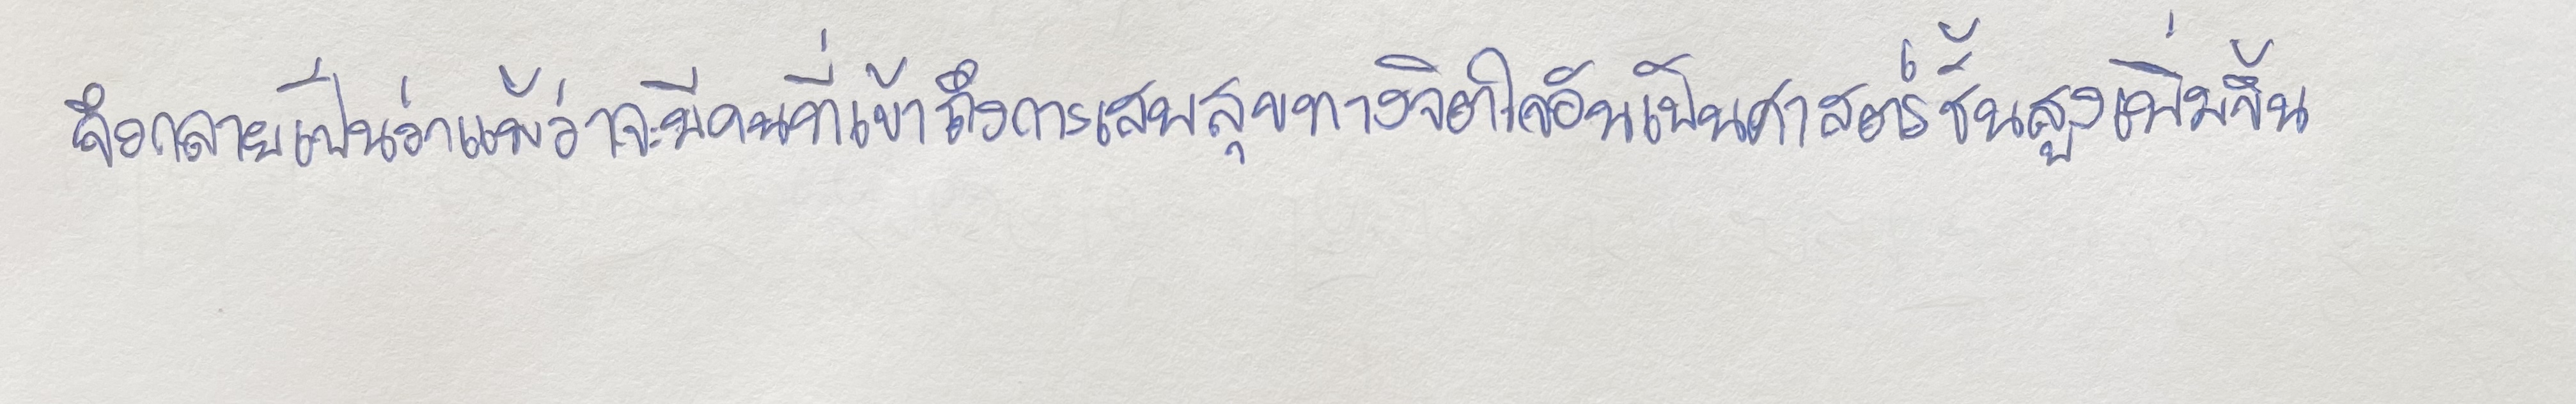
จึงกลายเป็นว่าแม้ว่าจะมีคนที่เข้าถึงการเสพสุขทางจิตใจอันเป็นศาสตร์ชั้นสูงเพิ่มขึ้น